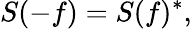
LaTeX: S(-f)=S(f)^{*},